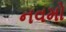
નવમો